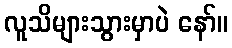
လူသိများသွားမှာပဲ နော်။